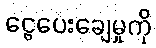
ငွေပေးချေမှုကို